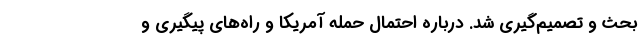
بحث و تصمیم‌گیری شد. درباره احتمال حمله آمریکا و راه‌های پیگیری و